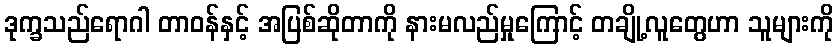
ဒုက္ခသည်ရောဂါ တာဝန်နှင့် အပြစ်ဆိုတာကို နားမလည်မှုကြောင့် တချို့လူတွေဟာ သူများကို